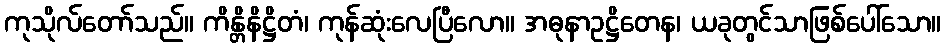
ကုသိုလ်တော်သည်။ ကိန္တိနိဋ္ဌိတံ၊ ကုန်ဆုံးလေပြီလော။ အဓုနာဥဋ္ဌိတေန၊ ယခုတွင်သာဖြစ်ပေါ်သော။